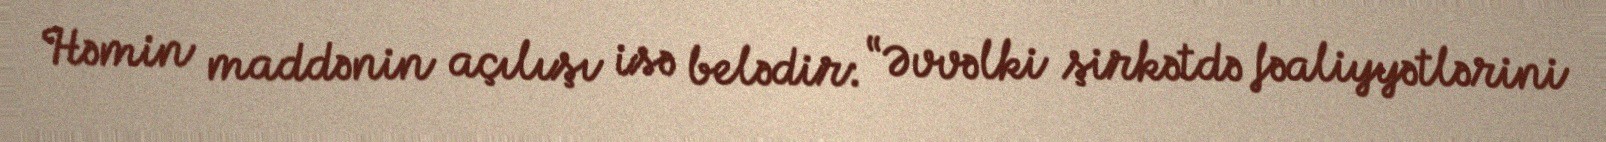
Həmin maddənin açılışı isə belədir: “Əvvəlki şirkətdə fəaliyyətlərini